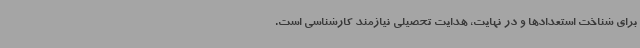
برای شناخت استعدادها و در نهایت، هدایت تحصیلی نیازمند کارشناسی است.